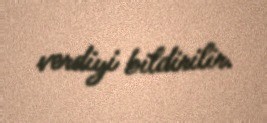
verdiyi bildirilir.